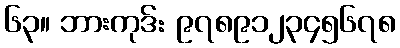
၆၃။ ဘားကုဒ်: ၉၇၈၉၁၂၃၄၅၆၇၈